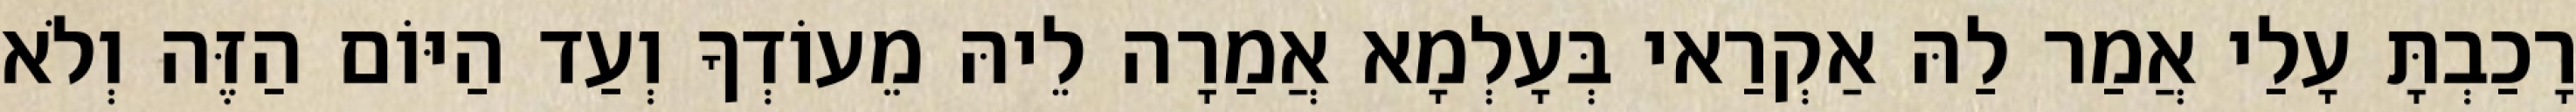
רָכַבְתָּ עָלַי אֲמַר לַהּ אַקְרַאי בְּעָלְמָא אֲמַרָה לֵיהּ מֵעוֹדְךָ וְעַד הַיּוֹם הַזֶּה וְלֹא